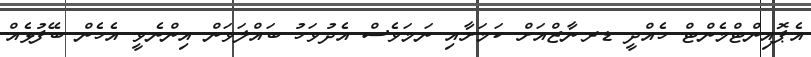
އެޕޮއިންޓްމެންޓް ހެއްދީ ޑރ.ނާޒްއަށް ކަމަށާއި ނަމަވެސް އެދުވަހު ބައްލަވަން އިންނެވީ އެހެން ބޭފުޅެއް